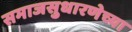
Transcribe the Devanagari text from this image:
समाजसुधारणेच्या